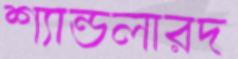
শ্যান্ডলারদ